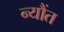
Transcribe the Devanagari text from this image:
न्यौंत